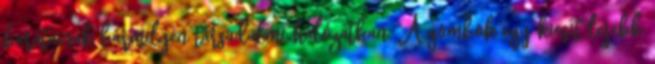
barátainak bármilyen társadalmi hálózatban. A gombok egy kicsit lejebb